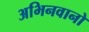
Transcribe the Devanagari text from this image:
अभिनवानो